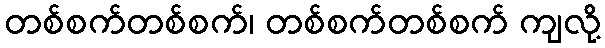
တစ်စက်တစ်စက်၊ တစ်စက်တစ်စက် ကျလို့